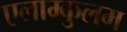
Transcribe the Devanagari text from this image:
एलाम्कुलम